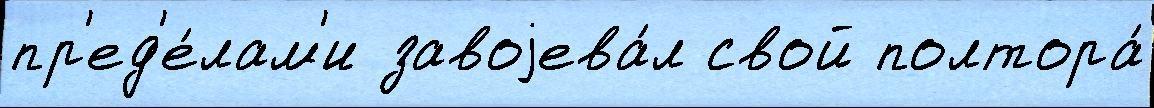
пр'ед'е́лам'и завоjева́л свой полтора́